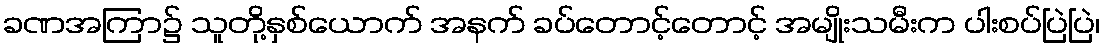
ခဏအကြာ၌ သူတို့နှစ်ယောက် အနက် ခပ်တောင့်တောင့် အမျိုးသမီးက ပါးစပ်ပြဲပြဲ၊